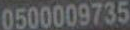
0500009735